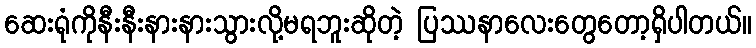
ဆေးရုံကိုနီးနီးနားနားသွားလို့မရဘူးဆိုတဲ့ ပြဿနာလေးတွေတော့ရှိပါတယ်။